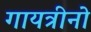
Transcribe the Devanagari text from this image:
गायत्रीनो